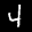
Label: 4